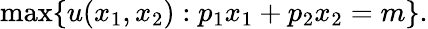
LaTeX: \operatorname*{max}\{ u(x_{1},x_{2}):p_{1}x_{1}+p_{2}x_{2}=m\} .